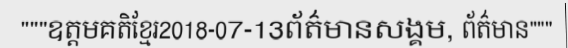
"""ឧត្តមគតិខ្មែរ2018-07-13ព័ត៌មានសង្គម, ព័ត៌មាន"""